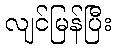
လျင်မြန်ပြီး